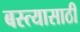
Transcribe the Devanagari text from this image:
बस्त्यासाठी